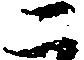
二